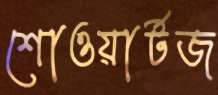
শোওয়ার্টজ